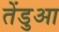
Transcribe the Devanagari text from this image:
तेंडुआ